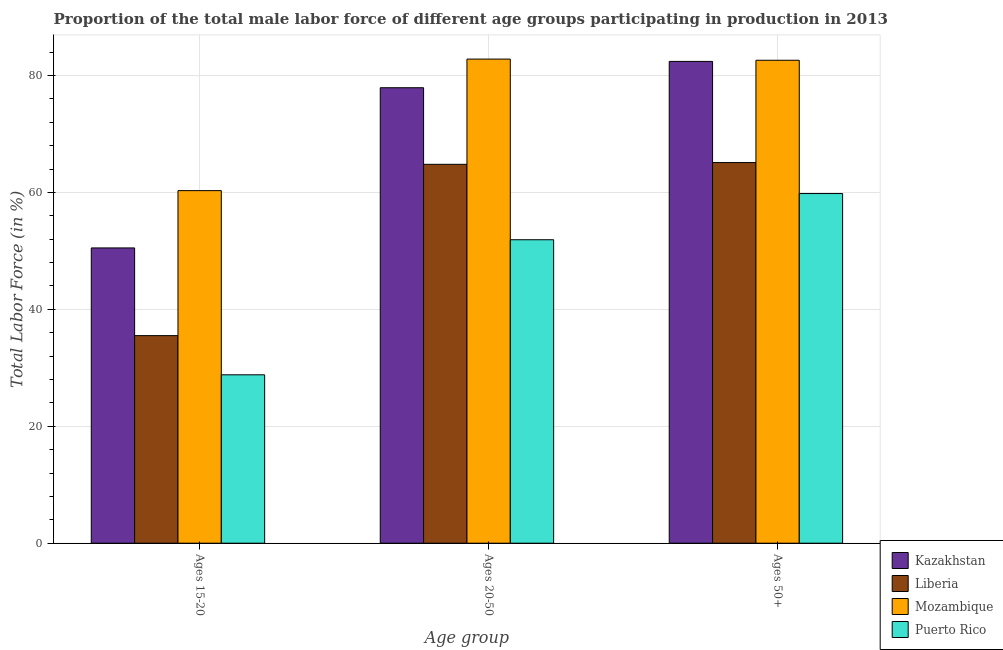
| Age group | Kazakhstan | Liberia | Mozambique | Puerto Rico |
 | --- | --- | --- | --- | --- |
 | Ages 15-20 | 50.5 | 35.5 | 60.3 | 28.8 |
 | Ages 20-50 | 77.9 | 64.8 | 82.8 | 51.9 |
 | Ages 50+ | 82.4 | 65.1 | 82.6 | 59.8 |